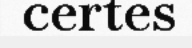
certes